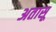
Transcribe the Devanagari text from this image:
अतासू